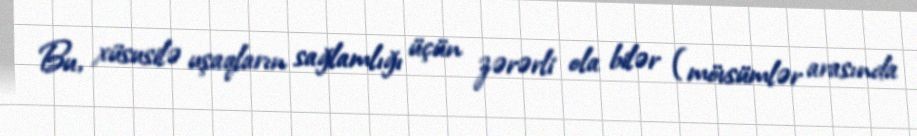
Bu, xüsusilə uşaqların sağlamlığı üçün zərərli ola bilər (mövsümlər arasında